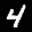
Label: 4